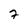
Character: 7